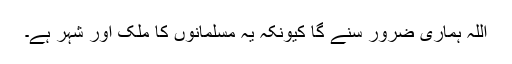
اللہ ہماری ضرور سنے گا کیونکہ یہ مسلمانوں کا ملک اور شہر ہے۔